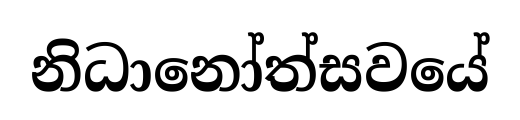
නිධානෝත්සවයේ